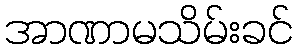
အာဏာမသိမ်းခင်